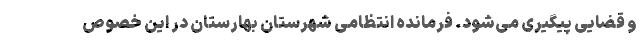
و قضایی پیگیری می‌شود. فرمانده انتظامی شهرستان بهارستان در این خصوص